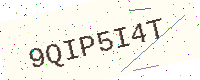
Text: 9QIP5I4T